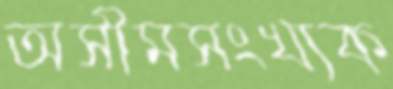
অসীমসংখ্যক